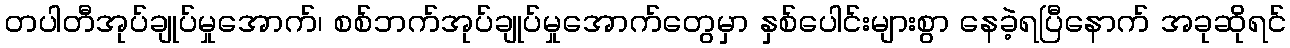
တပါတီအုပ်ချုပ်မှုအောက်၊ စစ်ဘက်အုပ်ချုပ်မှုအောက်တွေမှာ နှစ်ပေါင်းများစွာ နေခဲ့ရပြီနောက် အခုဆိုရင်